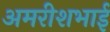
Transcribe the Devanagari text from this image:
अमरीशभाई